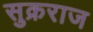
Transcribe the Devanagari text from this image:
सुक्रराज